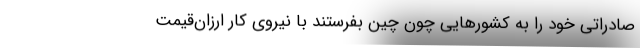
صادراتی خود را به کشورهایی چون چین بفرستند با نیروی کار ارزان‌قیمت